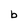
Character: b